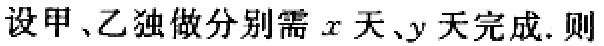
设甲、乙独做分别需\(x\)天、\(y\)天完成. 则